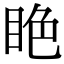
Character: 𥅺